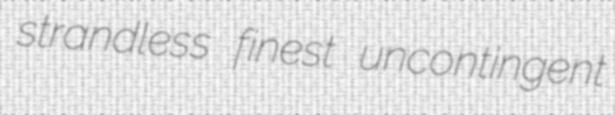
strandless finest uncontingent